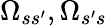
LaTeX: \Omega_{ss^{\prime}},\Omega_{s^{\prime}s}